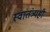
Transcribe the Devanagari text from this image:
स्वातंत्र्यही